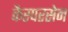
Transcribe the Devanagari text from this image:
कैस्परसेन